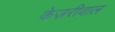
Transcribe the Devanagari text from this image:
केज़रीवाल